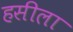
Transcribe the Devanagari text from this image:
हसीला